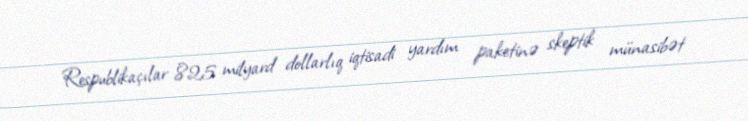
Respublikaçılar 825 milyard dollarlıq iqtisadi yardım paketinə skeptik münasibət